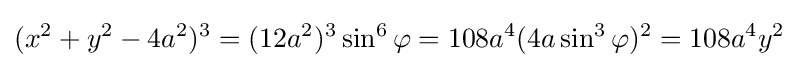
(x^{2}+y^{2}-4a^{2})^{3}=(12a^{2})^{3}\sin ^{6}\varphi =108a^{4}(4a\sin ^{3}\varphi )^{2}=108a^{4}y^{2}\